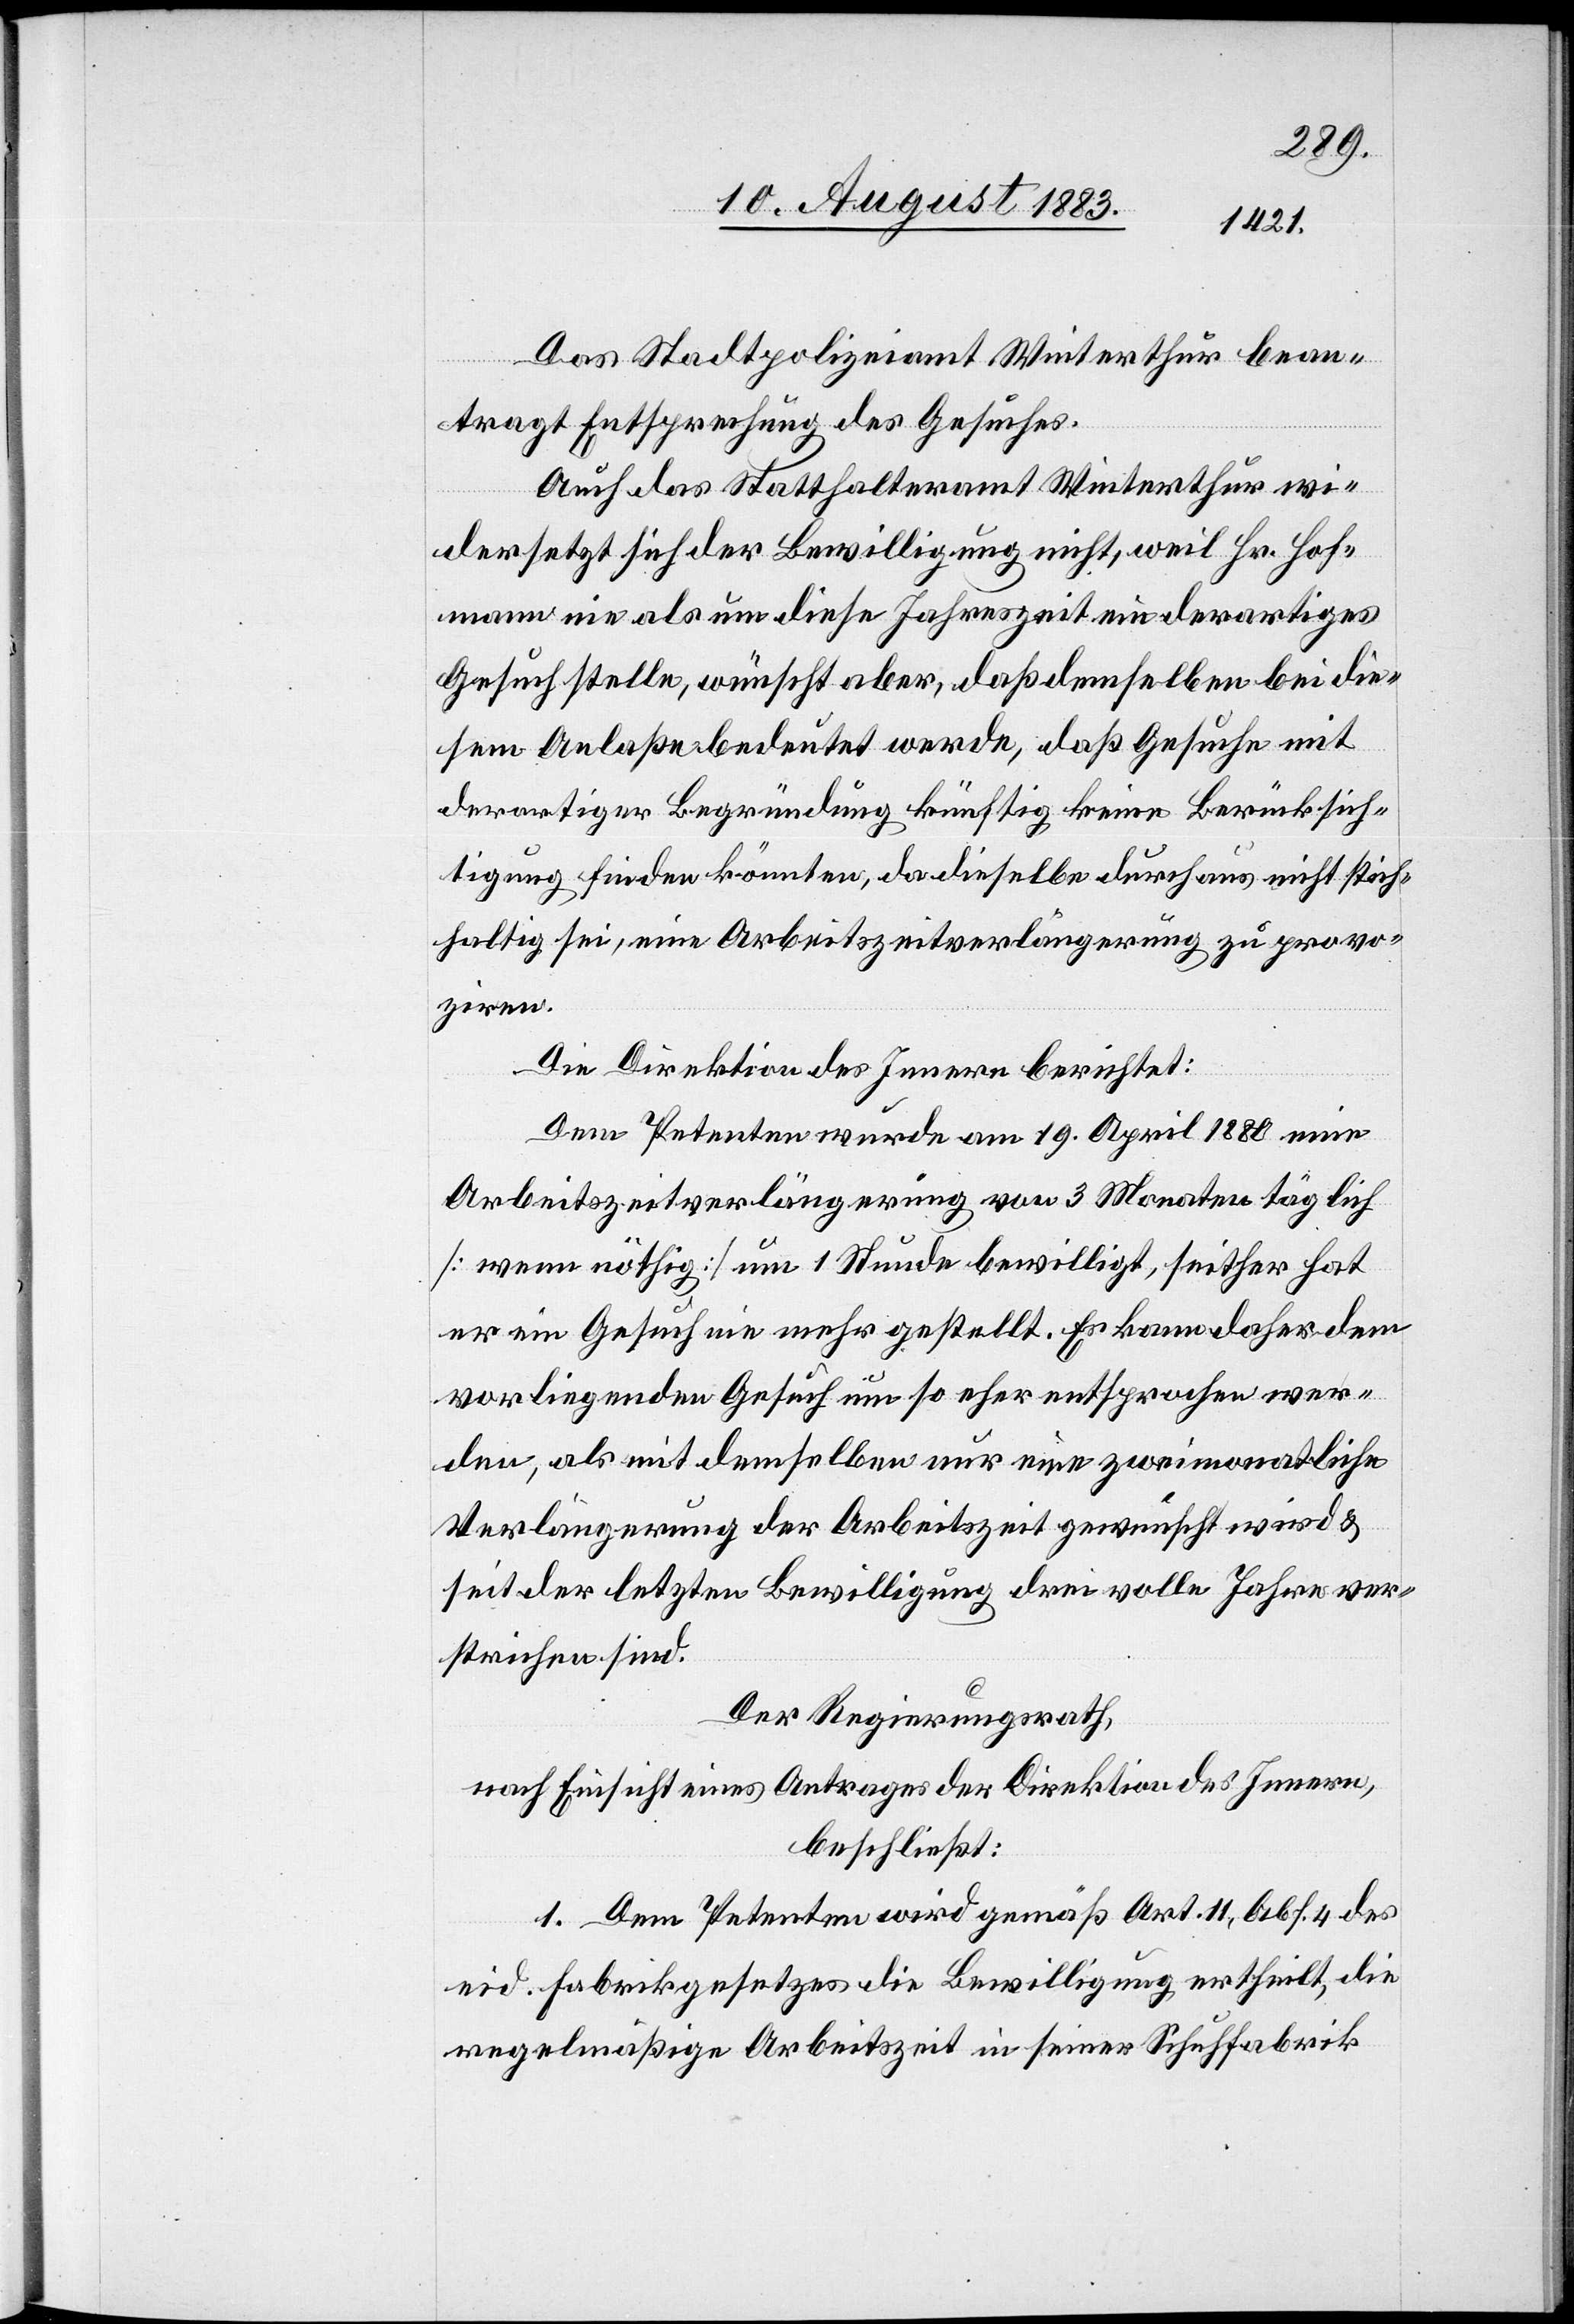
Das Stadtpolizeiamt Winterthur bean¬
tragt Entsprechung des Gesuches.
Auch das Statthalteramt Winterthur wi¬
dersetzt sich der Bewilligung nicht, weil Hr. Hof¬
mann nie als [sic!] um diese Jahreszeit ein derartiges
Gesuch stelle, wünscht aber, daß demselben bei die¬
sem Anlaße bedeutet werde, daß Gesuche mit
derartiger Begründung künftig keine Berücksich¬
tigung mehr finden könnten, da dieselbe durchaus nicht stich¬
haltig sei, eine Arbeitszeitverlängerung zu provo¬
ziren.
Die Direktion des Innern berichtet:
Dem Petenten wurde am 19. April 1880 eine
Arbeitszeitverlängerung von 3 Monaten täglich
[wenn nöthig] um 1 Stunde bewilligt, seither hat
er ein Gesuch nie mehr gestellt. Es kann daher dem
vorliegenden Gesuch um so eher entsprochen wer¬
den, als mit demselben nur eine zweitmonatliche
Verlängerung der Arbeitszeit gewünscht wird &
seit der letzten Bewilligung drei volle Jahre ver¬
strichen sind.
Der Regierungsrath,
nach Einsicht eines Antrages der Direktion des Innern,
beschließt:
1. Dem Petenten wird gemäß Art. 11, Abs. 4 des
eid. Fabrikgesetzes die Bewilligung ertheilt, die
regelmäßige Arbeitszeit in seiner Schuhfabrik